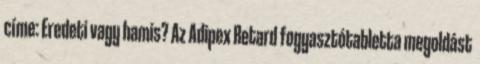
címe: Eredeti vagy hamis? Az Adipex Retard fogyasztótabletta megoldást